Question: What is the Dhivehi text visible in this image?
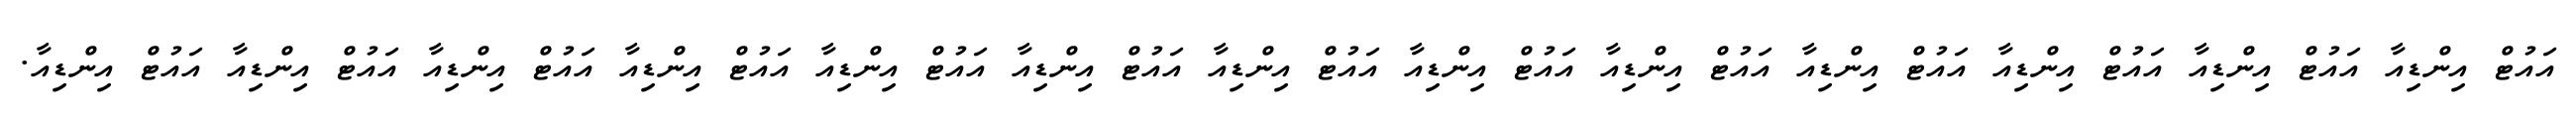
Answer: އައުޓް އިންޑިއާ އައުޓް އިންޑިއާ އައުޓް އިންޑިއާ އައުޓް އިންޑިއާ އައުޓް އިންޑިއާ އައުޓް އިންޑިއާ އައުޓް އިންޑިއާ އައުޓް އިންޑިއާ އައުޓް އިންޑިއާ އައުޓް އިންޑިއާ އައުޓް އިންޑިއާ އައުޓް އިންޑިއާ އައުޓް އިންޑިއާ.